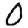
Digit: 0